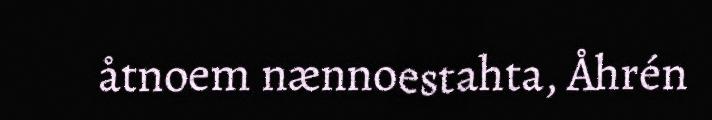
åtnoem nænnoestahta, Åhrén